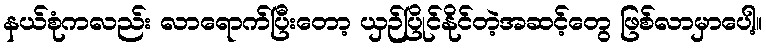
နယ်စုံကလည်း လာရောက်ပြီးတော့ ယှဉ်ပြိုင်နိုင်တဲ့အဆင့်တွေ ဖြစ်လာမှာပေါ့။